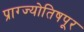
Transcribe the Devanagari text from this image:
प्राग्ज्योतिषपूर